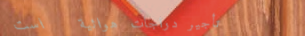
تأجير دراجات هوائية   است